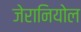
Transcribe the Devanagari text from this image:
जेरानियोल